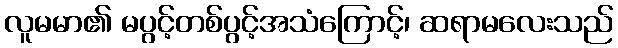
လူမမာ၏ မပွင့်တစ်ပွင့်အသံကြောင့်၊ ဆရာမလေးသည်